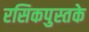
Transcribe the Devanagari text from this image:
रसिकपुस्तके